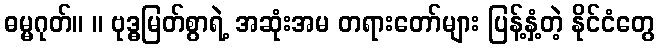
ဓမ္မဂုတ်။ ။ ဗုဒ္ဓမြတ်စွာရဲ့ အဆုံးအမ တရားတော်များ ပြန့်နှံ့တဲ့ နိုင်ငံတွေ